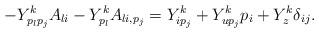
LaTeX: \begin{align*} -Y^{k}_{p_lp_j}A_{li}-Y^k_{p_l}A_{li,p_j} = Y^{k}_{ip_j}+Y^k_{up_j}p_i+Y^k_z\delta_{ij}.\end{align*}